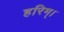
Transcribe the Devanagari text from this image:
हरिम्।